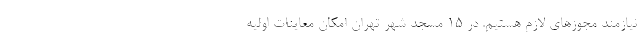
نیازمند مجوزهای لازم هستیم. در ۱۵ مسجد شهر تهران امکان معاینات اولیه